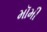
મૉમી